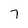
Character: 7